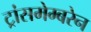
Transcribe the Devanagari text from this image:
ट्रांसमेम्बरेन